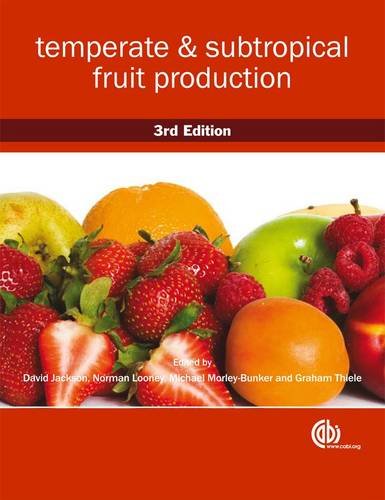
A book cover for Temperate and Subtropical Fruit Production; Science & Math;